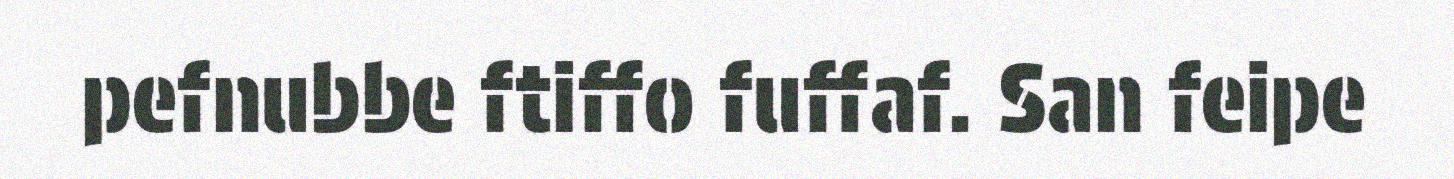
pefnubbe ftiffo fuffaf. San feipe